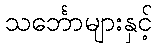
သင်္ဘောများနှင့်